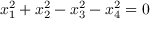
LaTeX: x _ { 1 } ^ { 2 } + x _ { 2 } ^ { 2 } - x _ { 3 } ^ { 2 } - x _ { 4 } ^ { 2 } = 0